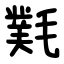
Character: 㲫